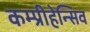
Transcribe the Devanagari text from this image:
कम्प्रीहेन्सिव